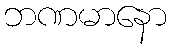
ဘဏမာနော